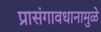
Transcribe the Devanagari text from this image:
प्रासंगावधानामुळे